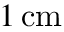
1 \, \mathrm { c m }